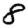
Digit: 8